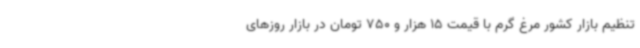
تنظیم بازار کشور مرغ گرم با قیمت 15 هزار و 750 تومان در بازار روزهای